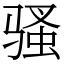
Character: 骚